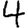
Digit: 4